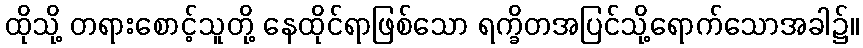
ထိုသို့ တရားစောင့်သူတို့ နေထိုင်ရာဖြစ်သော ရက္ခိတအပြင်သို့ရောက်သောအခါ၌။